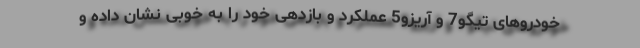
خودروهای تیگو7 و آریزو5 عملکرد و بازدهی خود را به خوبی نشان داده و